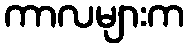
ကာလများက